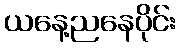
ယနေ့ညနေပိုင်း